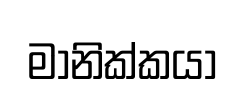
මානික්කයා